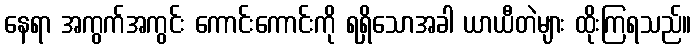
နေရာ အကွက်အကွင်း ကောင်းကောင်းကို ရရှိသောအခါ ယာယီတဲများ ထိုးကြရသည်။